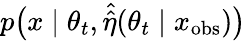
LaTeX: p\big(x\mid\theta_{t},\hat{\hat{\eta}}(\theta_{t}\mid x_{\mathrm{obs}})\big)